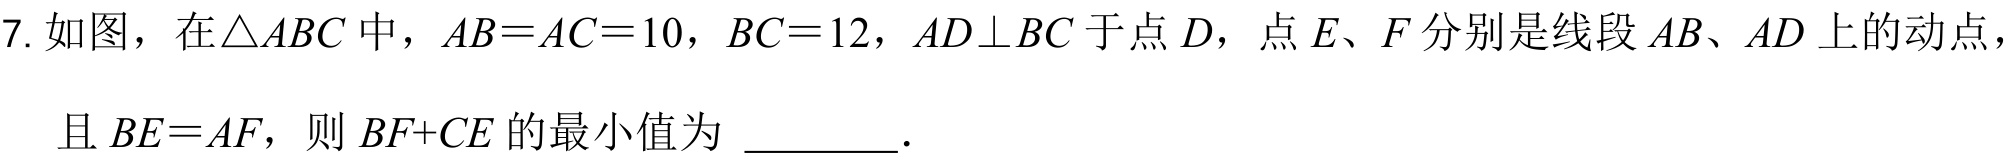
7. 如图，在$\triangle ABC$中，$AB = AC = 10$，$BC = 12$，$AD\perp BC$于点$D$，点$E$、$F$分别是线段$AB$、$AD$上的动点，
且$BE = AF$，则$BF + CE$的最小值为$\underline{\quad\quad}$．